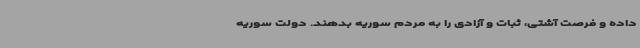
داده و فرصت آشتی، ثبات و آزادی را به مردم سوریه بدهند. دولت سوریه